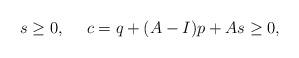
LaTeX: \begin{align*} s\geq 0,~~~~ c=q+(A-I)p+As\geq 0, \end{align*}